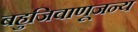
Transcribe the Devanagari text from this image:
बहुजिवाणूजन्य